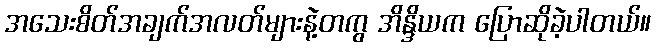
အသေးစိတ်အချက်အလတ်များနဲ့တကွ အိန္ဒိယက ပြောဆိုခဲ့ပါတယ်။